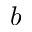
b